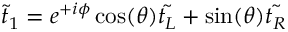
{ \tilde { t } } _ { 1 } = e ^ { + i \phi } \cos ( \theta ) { \tilde { t _ { L } } } + \sin ( \theta ) { \tilde { t _ { R } } }